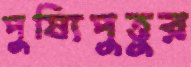
পুষ্যিপুত্তুর